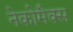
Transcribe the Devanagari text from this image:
नेकोमैक्स